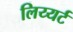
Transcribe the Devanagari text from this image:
लिय्यर्ट